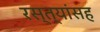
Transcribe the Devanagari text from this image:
रस्त्यांसह